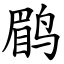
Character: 鹛